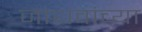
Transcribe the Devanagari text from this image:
जाधवांच्या